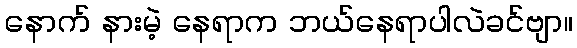
နောက် နားမဲ့ နေရာက ဘယ်နေရာပါလဲခင်ဗျာ။